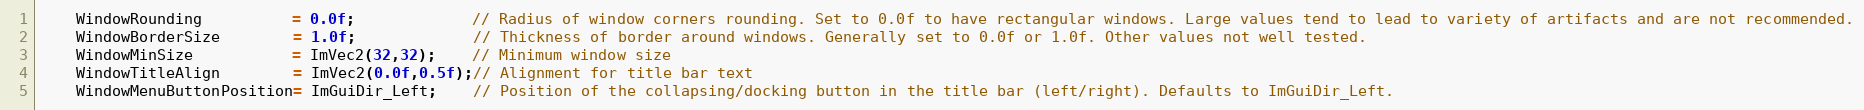
Language: C++
    WindowRounding          = 0.0f;             // Radius of window corners rounding. Set to 0.0f to have rectangular windows. Large values tend to lead to variety of artifacts and are not recommended.
    WindowBorderSize        = 1.0f;             // Thickness of border around windows. Generally set to 0.0f or 1.0f. Other values not well tested.
    WindowMinSize           = ImVec2(32,32);    // Minimum window size
    WindowTitleAlign        = ImVec2(0.0f,0.5f);// Alignment for title bar text
    WindowMenuButtonPosition= ImGuiDir_Left;    // Position of the collapsing/docking button in the title bar (left/right). Defaults to ImGuiDir_Left.